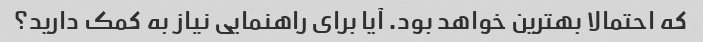
که احتمالا بهترین خواهد بود. آیا برای راهنمایی نیاز به کمک دارید؟